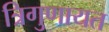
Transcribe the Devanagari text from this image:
त्रिगुणायत